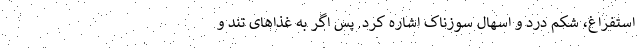
استفراغ، شکم درد و اسهال سوزناک اشاره کرد. پس اگر به غذاهای تند و